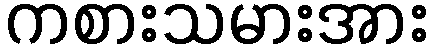
ကစားသမားအား